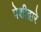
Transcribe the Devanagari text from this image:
पेशीद्वारे